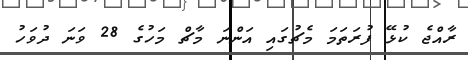
ރާއްޖެ ކުޅޭ ފުރަތަމަ މެޗުގައި އަންނަ މާޗް މަހުގެ 28 ވަނަ ދުވަހު